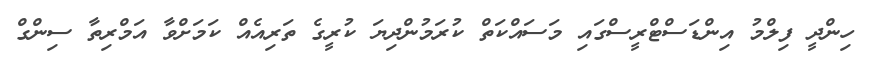
ހިންދީ ފިލްމު އިންޑަސްޓްރީސްގައި މަސައްކަތް ކުރަމުންދިޔަ ކުރީގެ ތަރިއެއް ކަމަށްވާ އަމްރިތާ ސިންގް